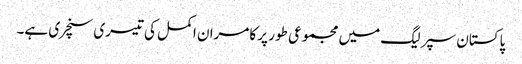
پاکستان سپر لیگ میں مجموعی طور پر کامران اکمل کی تیسری سنچری ہے۔